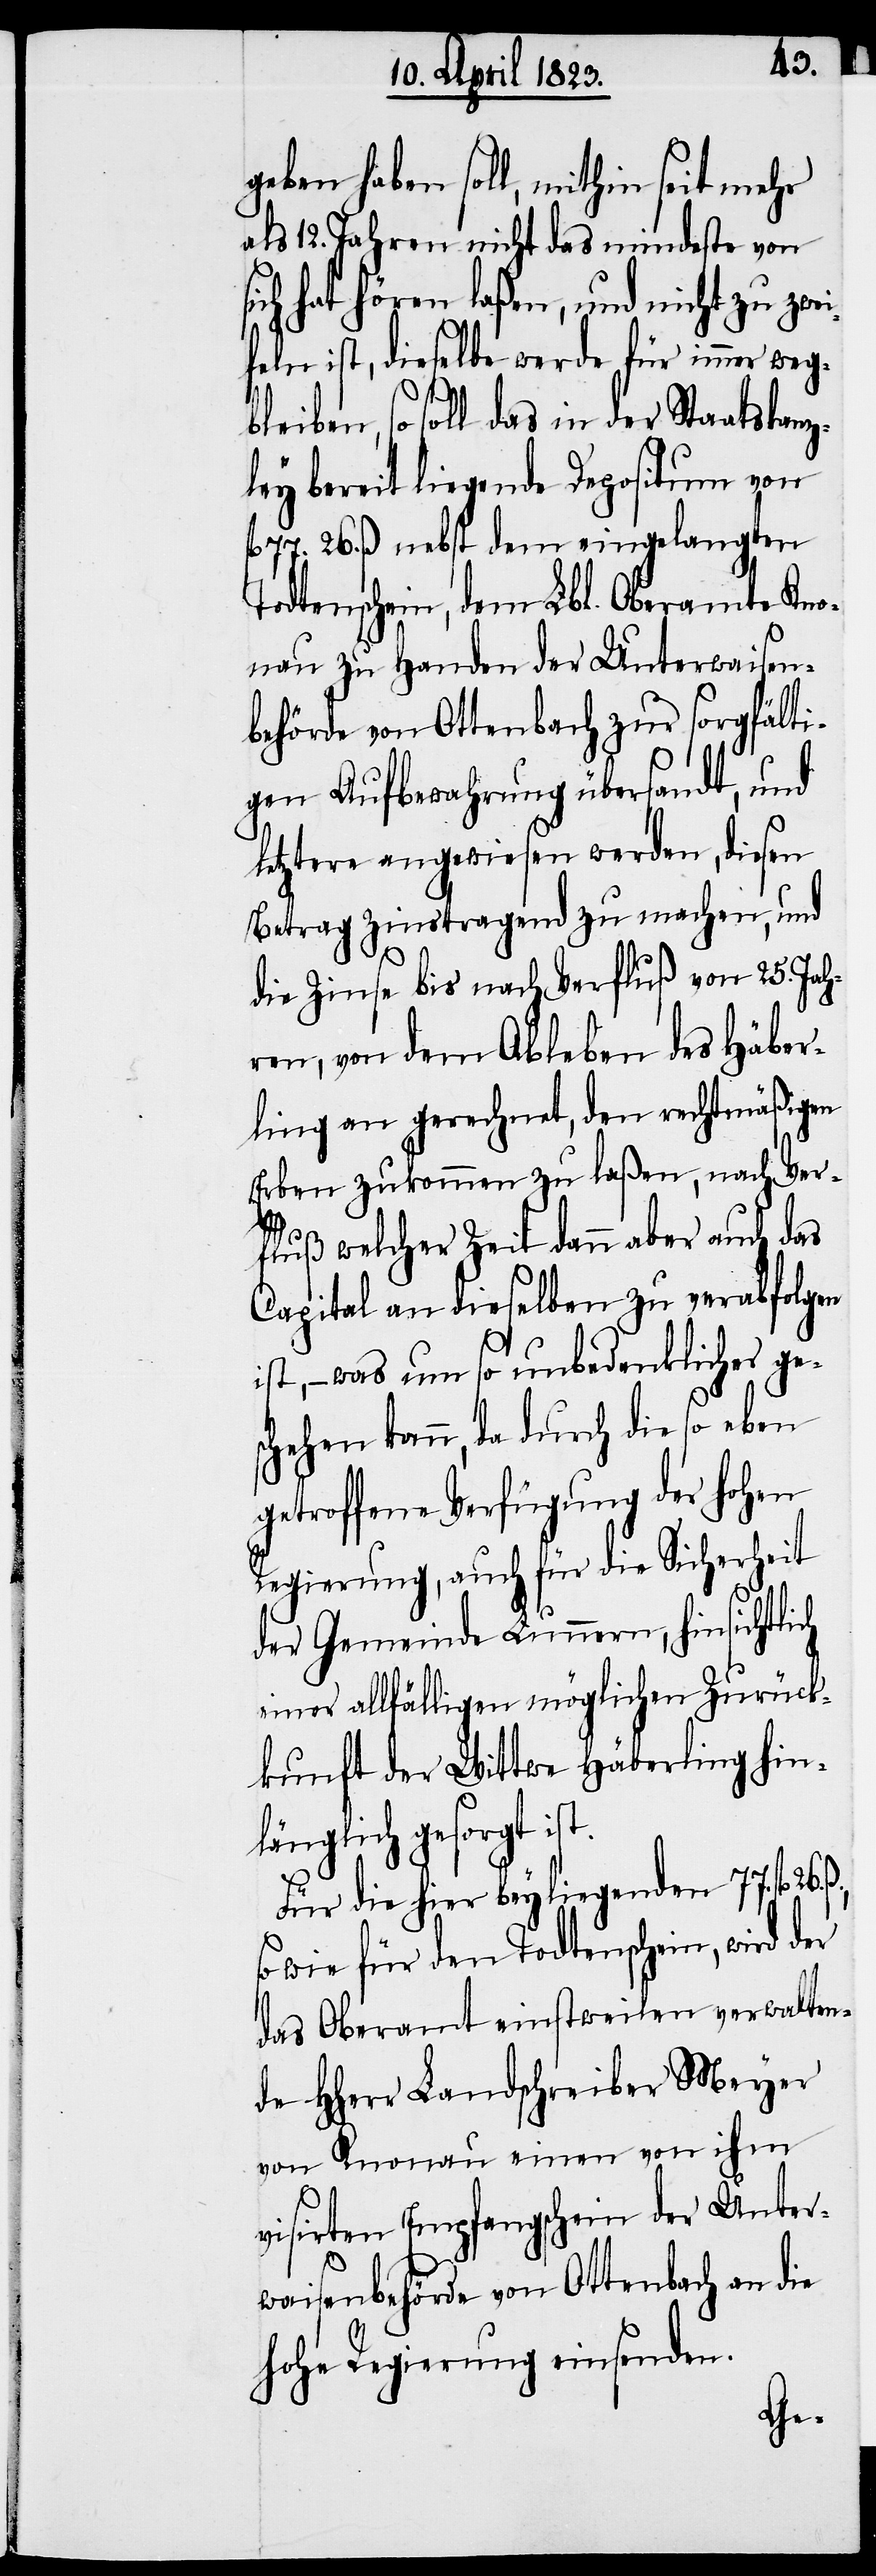
geben haben soll, mithin seit mehr
als 12. Jahren nicht das mindeste von
sich hat hören laßen, und nicht zu zwei¬
26.
feln ist, dieselbe werde für immer weg¬
bleiben, so soll das in der Staatskanz¬
ley bereit liegende Depositum von
26. ß. nebst dem eingelangten
Todtenschein, dem Lbl. Oberamte Kno¬
nau zu Handen der Unterwaisen¬
behörde von Ottenbach zur sorgfälti¬
gen Aufbewahrung übersandt, und
letztere angewiesen werden, diesen
Betrag zinstragend zu machen, und
die Zinse bis nach Verfluß von 25. Jah¬
ren, von dem Ableben des Häber¬
ling an gerechnet, den rechtmäßigen
Erben zukommen zu laßen, nach Ver¬
fluß welcher Zeit dann aber auch das
Capital an dieselben zu verabfolgen
ist, – was um so unbedenklicher ge¬
schehen kann, da durch die so eben
getroffene Verfügung der hohen
Regierung, auch für die Sicherheit
der Gemeinde Lunnern, hinsichtlich
einer allfälligen möglichen Zurück¬
kunft der Wittwe Häberling hin¬
länglich gesorgt ist.
Für die hier beyliegenden 77. fl.
so wie für den Todtenschein, wird der
das Oberamt einstweilen verwalten¬
de HHerr Landschreiber Meyer
von Knonau einen von ihm
visirten Empfangschein der Unter¬
waisenbehörde von Ottenbach an die
hohe Regierung einsenden.